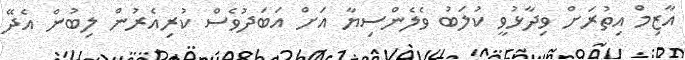
އާޒިމް އިތުރަށް ވިދާޅުވީ ކުލަބު ވެލެންސިޔާ އަށް އަބަދުވެސް ކުރިއެރުން ލިބުން އެދޭ